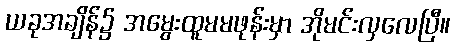
ယခုအချိန်၌ အမွေးထူမမဖုန်းမှာ အိုမင်းလှလေပြီ။